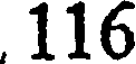
116